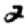
Digit: 2